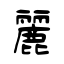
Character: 麗